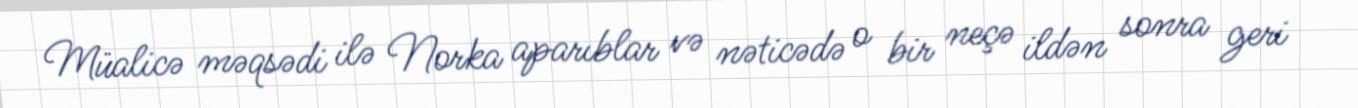
Müalicə məqsədi ilə Norka aparıblar və nəticədə o bir neçə ildən sonra geri